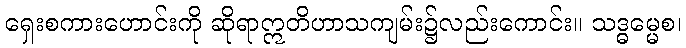
ရှေးစကားဟောင်းကို ဆိုရာဣတိဟာသကျမ်း၌လည်းကောင်း။ သဒ္ဓမ္မေစ၊